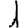
Digit: 1